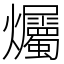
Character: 爥